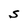
Character: S